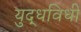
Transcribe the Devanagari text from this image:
युद्धविधी